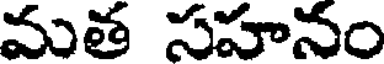
మత సహనం